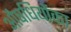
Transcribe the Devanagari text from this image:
औषधियोंका